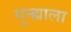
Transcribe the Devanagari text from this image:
गुन्ह्याला